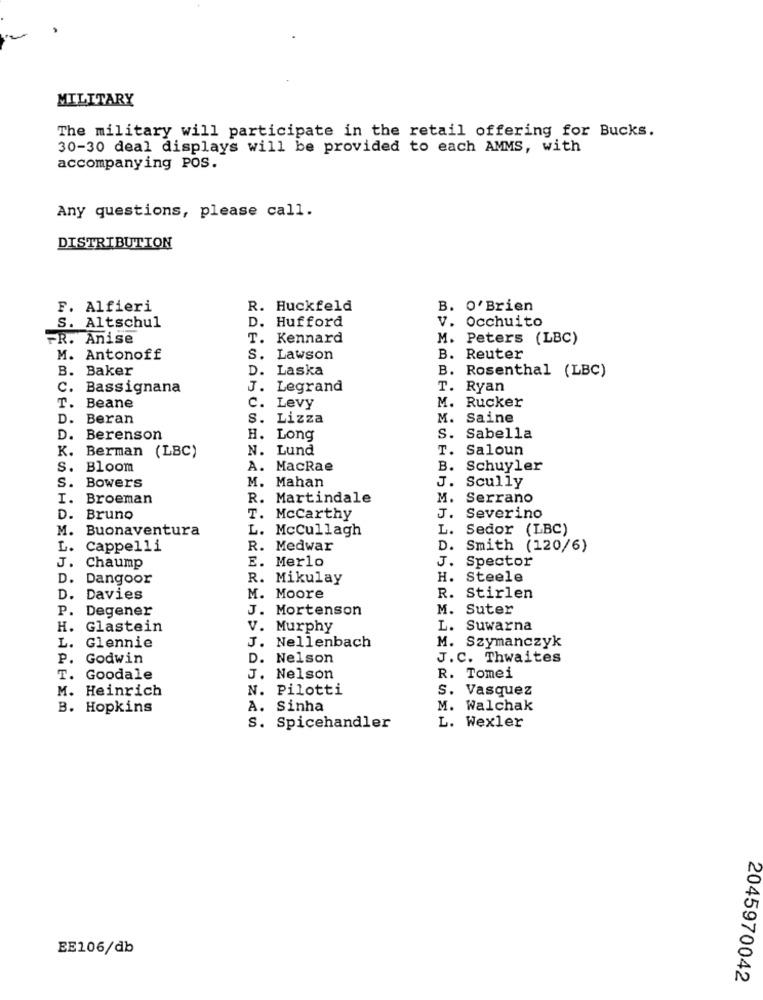
MILITARY
The military will participate in the retail offering for Bucks.
30-30 deal displays will be provided to each AMMS, with
accompanying POS.
Any questions, please call.
DISTRIBUTION
F. Alfieri
R. Huckfeld
B. O'Brien
D. Hufford
v. Occhuito
S. Altschul
FR. Anise
T. Kennard
M. Peters (LBC)
M. Antonoff
S. Lawson
B. Reuter
B. Baker
D. Laska
B. Rosenthal (LBC)
c.
Bassignana
J.
Legrand
T. Ryan
T. Beane
C. Levy
M. Rucker
D. Beran
S. Lizza
M.
Saine
D. Berenson
H. Long
S. Sabella
N. Lund
T.
Saloun
K. Berman (LBC)
S.
Bloom
A. MacRae
B.
Schuyler
M. Mahan
Scully
S. Bowers
J.
I. Broeman
R. Martindale
M.
Serrano
D. Bruno
T. Mccarthy
J. Severino
M. Buonaventura
L. McCullagh
L. Sedor (LBC)
L. Cappelli
R. Medwar
D. Smith (120/6)
E. Merlo
J. Spector
J. Chaump
D. Dangoor
R. Mikulay
H. Steele
D.
Davies
M. Moore
R. Stirlen
P.
Degener
J. Mortenson
M. Suter
H. Glastein
V. Murphy
L. Suwarna
M. Szymanczyk
L.
Glennie
J. Nellenbach
. Godwin
D. Nelson
J.C. Thwaites
T. Goodale
J. Nelson
R. Tomei
M. Heinrich
N. Pilotti
S. Vasquez
B. Hopkins
A. Sinha
M. Walchak
S. Spicehandler
L. Wexler
EE106/db
2045970042